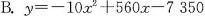
B.$$y=-10x^{2}+560x-7350$$